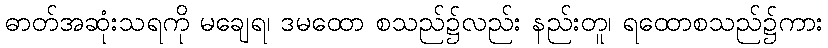
ဓာတ်အဆုံးသရကို မချေရ၊ ဒမထော စသည်၌လည်း နည်းတူ၊ ရထောစသည်၌ကား